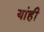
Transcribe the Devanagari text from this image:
यांही